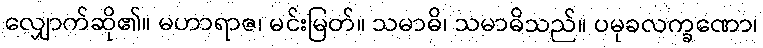
လျှောက်ဆို၏။ မဟာရာဇ၊ မင်းမြတ်။ သမာဓိ၊ သမာဓိသည်။ ပမုခလက္ခဏော၊